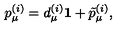
p _ { \mu } ^ { ( i ) } = d _ { \mu } ^ { ( i ) } { \bf 1 } + \tilde { p } _ { \mu } ^ { ( i ) } ,